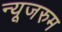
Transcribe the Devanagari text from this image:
न्यूजरुम